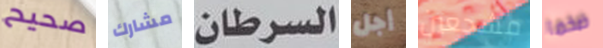
صحيح مشارك السرطان أجل مشجعين ضخما